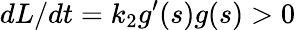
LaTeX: {dL}/{dt}=k_{2}g^{\prime}(s)g(s)>0